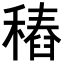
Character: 𥡟